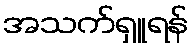
အသက်ရှူရန်